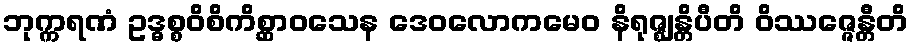
ဘုက္ကရဏံ ဥဒ္ဓစ္စဝိစိကိစ္ဆာဝသေန ဒေဝလောကမေဝ နိရုဇ္ဈန္တိပီတိ ဝိဿဇ္ဇေန္တီတိ